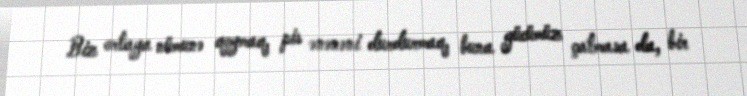
Biz ortaya nümunə qoymaq, pis ənənəni durdurmaq, buna gücümüz çatmasa da, bir